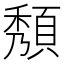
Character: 頺